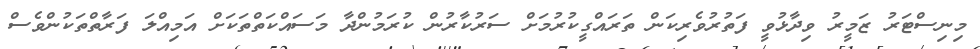
މިނިސްޓަރު ޒަމީރު ވިދާޅުވީ ފަތުރުވެރިކަން ތަރައްގީކުރުމަށް ސަރުކާރުން ކުރަމުންދާ މަސައްްކަތްތަކަށް އަމިއްލަ ފަރާތްތަކުންވެސް